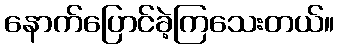
နောက်ပြောင်ခဲ့ကြသေးတယ်။